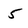
Character: 5